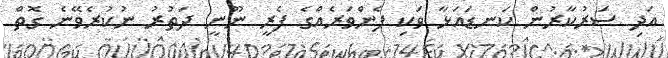
އަދި ސަރުކާރުން ކަނޑައަޅާ ވަކި ފެންވަރެއްގެ ފެރީ ނޫނީ ދަތުރު ނުކުރެވޭނެ ގޮތް